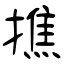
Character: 撨